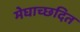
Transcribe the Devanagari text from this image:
मेघाच्छदित